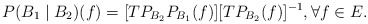
\begin{align*}P(B_1\mid B_2)(f)=[TP_{B_2}P_{B_1}(f)][TP_{B_2}(f)]^{-1}, \forall f\in E.\end{align*}